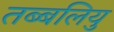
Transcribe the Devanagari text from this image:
तब्बलियु